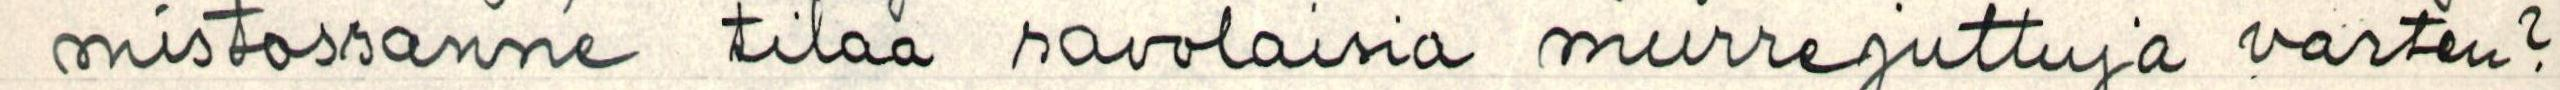
mistossanne tilaa savolaisia murrejuttuja varten?